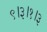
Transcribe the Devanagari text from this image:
९।३।१।३